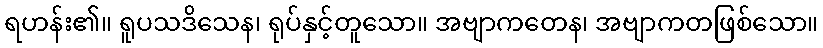
ရဟန်း၏။ ရူပသဒိသေန၊ ရုပ်နှင့်တူသော။ အဗျာကတေန၊ အဗျာကတဖြစ်သော။